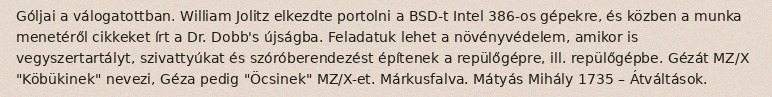
Góljai a válogatottban. William Jolitz elkezdte portolni a BSD-t Intel 386-os gépekre, és közben a munka menetéről cikkeket írt a Dr. Dobb's újságba. Feladatuk lehet a növényvédelem, amikor is vegyszertartályt, szivattyúkat és szóróberendezést építenek a repülőgépre, ill. repülőgépbe. Gézát MZ/X "Köbükinek" nevezi, Géza pedig "Öcsinek" MZ/X-et. Márkusfalva. Mátyás Mihály 1735 – Átváltások.